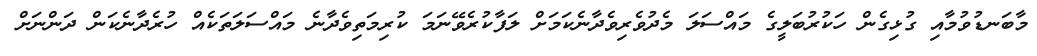
މާބަނޑުވުމާއި ގުޅިގެން ހަކުރުބަލީގެ މައްސަލަ މެދުވެރިވެދާނެކަމަށް ލަފާކުރެވޭނަމަ ކުރިމަތިވެދާނެ މައްސަލަތަކެެއް ހުރެދާނެކަން ދަންނަށް